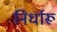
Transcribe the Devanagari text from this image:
निर्धारू